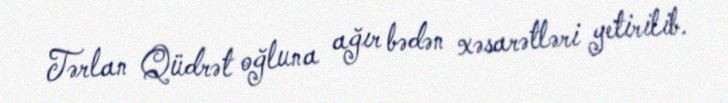
Tərlan Qüdrət oğluna ağır bədən xəsarətləri yetirilib.